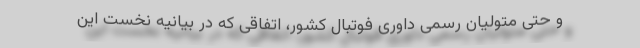
و حتی متولیان رسمی داوری فوتبال کشور، اتفاقی که در بیانیه نخست این